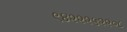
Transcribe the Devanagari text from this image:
९४२२२५२२०८